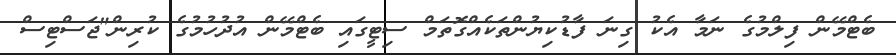
ބެޓްމޭން ފިލްމުގެ ނަމާ އެކު ގިނަ ފާޑުކިޔުންތަކެއްގޮތަމް ސިޓީގައި ބެޓްމޭން އުދުހުމުގެ ކުރިން"ޖަސްޓިސް